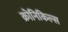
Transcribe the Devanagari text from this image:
क्रोनिकिल्स